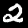
Label: 2